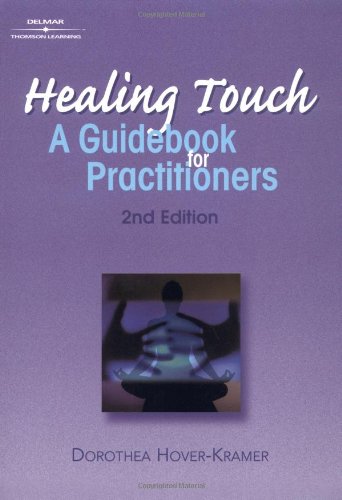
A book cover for Healing Touch: A Guide Book for Practitioners, 2nd Edition (Healer Series); Dorothea Hover-Kramer; Medical Books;